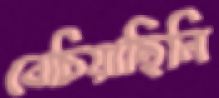
বেচিয়াছিলি